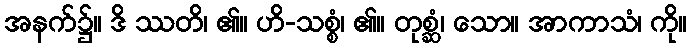
အနက်၌။ ဒိ ဿတိ၊ ၏။ ဟိ-သစ္စံ၊ ၏။ တုစ္ဆံ၊ သော။ အာကာသံ၊ ကို။